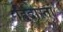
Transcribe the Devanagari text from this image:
हिदास्ता